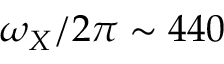
\omega _ { X } / 2 \pi \sim 4 4 0